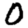
Digit: 0